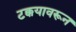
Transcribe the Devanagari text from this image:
टक्कयावरून